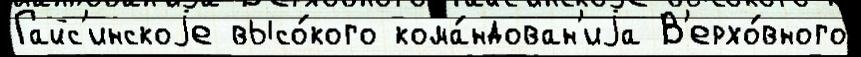
Гайс'инскоjе высо́кого кома́ндован'иjа В'ерхо́вного